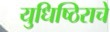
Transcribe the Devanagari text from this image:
युधिष्ठिराचे